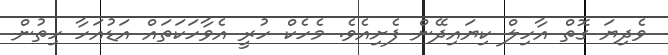
ވެދިޔަ ގޮތް އާހިލް ކިޔައިދޭން ފެށިއެވެ. މެހެކް ހުރީ އެވާހަކަތައް އަޑުއަހާ ހިތުން